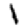
Digit: 1